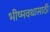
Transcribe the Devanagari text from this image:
भीष्मवधासाठी